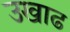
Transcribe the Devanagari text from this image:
उखाढ